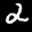
Label: 2